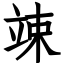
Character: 竦